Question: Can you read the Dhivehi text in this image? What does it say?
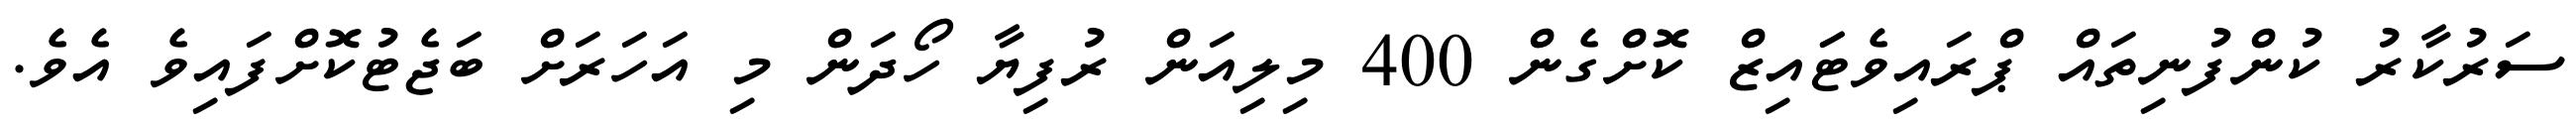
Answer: ސަރުކާރު ކުންފުނިތައް ޕްރައިވެޓަައިޒް ކޮށްގެން 400 މިލިއަން ރުފިޔާ ހޯދަން މި އަހަރަށް ބަޖެޓުކޮށްފައިވެ އެވެ.